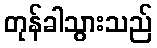
တုန်ခါသွားသည်